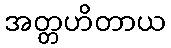
အတ္တဟိတာယ